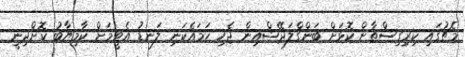
މެޗުގައި ކިރިގިސްތާން ކޮޅަށް ބަންގްލަދޭޝްއިން ޖެހި ހަމައެކަނި ލަނޑު އެޓީމަށް ކާމިޔާބު ކޮށްދިނީ